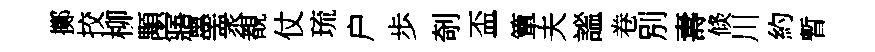
擲挍柳顒寤墨衆覩仗琉户歩剞盃簞夫謐卷別夀倐川約暫